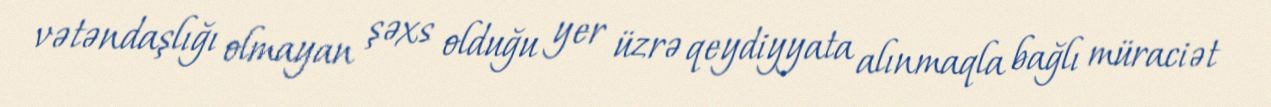
vətəndaşlığı olmayan şəxs olduğu yer üzrə qeydiyyata alınmaqla bağlı müraciət